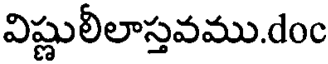
విష్ణులీలాస్తవము.doc